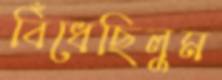
বিঁধেছিলুম